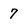
Character: 7